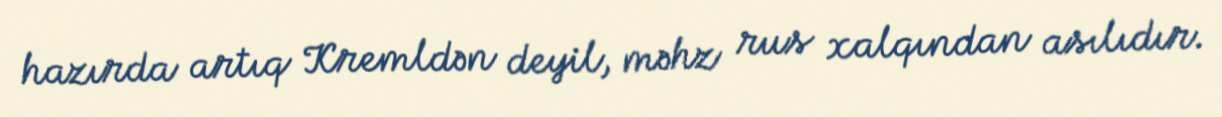
hazırda artıq Kremldən deyil, məhz rus xalqından asılıdır.